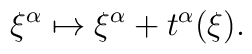
\xi^{\alpha} \mapsto \xi^{\alpha} + t^{\alpha}(\xi).